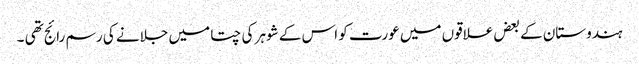
ہندوستان کے بعض علاقوں میں عورت کو اس کے شوہر کی چتا میں جلانے کی رسم رائج تھی ۔